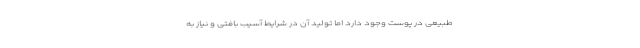
طبیعی در پوست وجود دارد اما تولید آن در شرایط آسیب بافتی و نیاز به